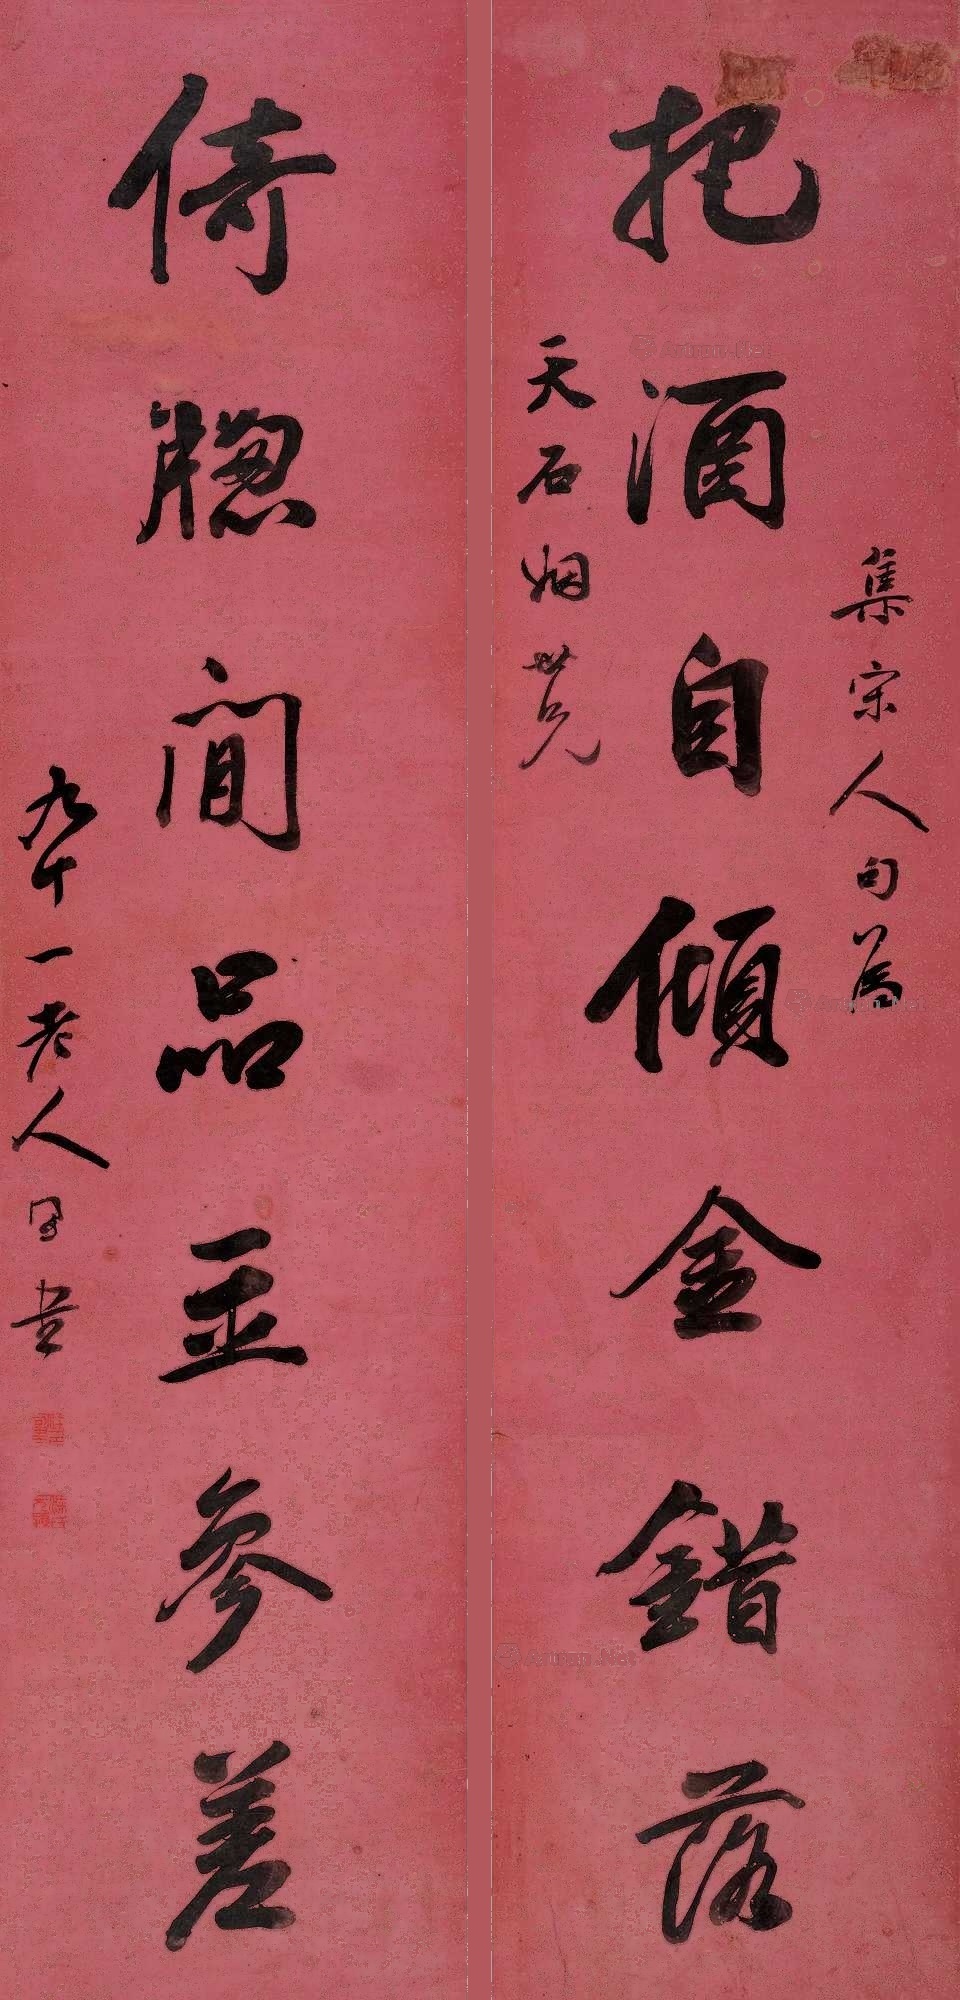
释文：把酒自倾金错落，倚窗闲品玉参差。集宋人句，为天石姻世兄，九十一老人同书。